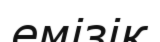
емізік